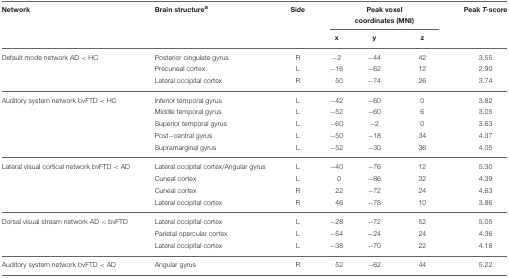
<table><thead><tr><td><b>Network</b></td><td><b>Brain structure<sup>a</sup></b></td><td><b>Side</b></td><td colspan="3"><b>Peak voxel coordinates (MNI)</b></td><td><b>Peak <i>T</i>-score</b></td></tr><tr><td></td><td></td><td></td><td><b>x</b></td><td><b>y</b></td><td><b>z</b></td><td></td></tr></thead><tbody><tr><td>Default mode network AD &lt; HC</td><td>Posterior cingulate gyrus</td><td>R</td><td>−2</td><td>−44</td><td>42</td><td>3.55</td></tr><tr><td></td><td>Precuneal cortex</td><td>L</td><td>−16</td><td>−62</td><td>12</td><td>2.90</td></tr><tr><td></td><td>Lateral occipital cortex</td><td>R</td><td>50</td><td>−74</td><td>26</td><td>3.74</td></tr><tr><td>Auditory system network bvFTD &lt; HC</td><td>Inferior temporal gyrus</td><td>L</td><td>−42</td><td>−60</td><td>0</td><td>3.82</td></tr><tr><td></td><td>Middle temporal gyrus</td><td>L</td><td>−52</td><td>−60</td><td>6</td><td>3.05</td></tr><tr><td></td><td>Superior temporal gyrus</td><td>L</td><td>−60</td><td>−2</td><td>0</td><td>3.63</td></tr><tr><td></td><td>Post−central gyrus</td><td>L</td><td>−50</td><td>−18</td><td>34</td><td>4.37</td></tr><tr><td></td><td>Supramarginal gyrus</td><td>L</td><td>−52</td><td>−30</td><td>36</td><td>4.05</td></tr><tr><td>Lateral visual cortical network bvFTD &lt; AD</td><td>Lateral occipital cortex/Angular gyrus</td><td>L</td><td>−40</td><td>−76</td><td>12</td><td>5.30</td></tr><tr><td></td><td>Cuneal cortex</td><td>L</td><td>0</td><td>−86</td><td>32</td><td>4.39</td></tr><tr><td></td><td>Cuneal cortex</td><td>R</td><td>22</td><td>−72</td><td>24</td><td>4.63</td></tr><tr><td></td><td>Lateral occipital cortex</td><td>R</td><td>46</td><td>−78</td><td>10</td><td>3.86</td></tr><tr><td>Dorsal visual stream network AD &lt; bvFTD</td><td>Lateral occipital cortex</td><td>L</td><td>−28</td><td>−72</td><td>52</td><td>5.05</td></tr><tr><td></td><td>Parietal opercular cortex</td><td>L</td><td>−54</td><td>−24</td><td>24</td><td>4.36</td></tr><tr><td></td><td>Lateral occipital cortex</td><td>L</td><td>−38</td><td>−70</td><td>22</td><td>4.18</td></tr><tr><td>Auditory system network bvFTD &lt; AD</td><td>Angular gyrus</td><td>R</td><td>52</td><td>−62</td><td>44</td><td>5.22</td></tr></tbody></table>